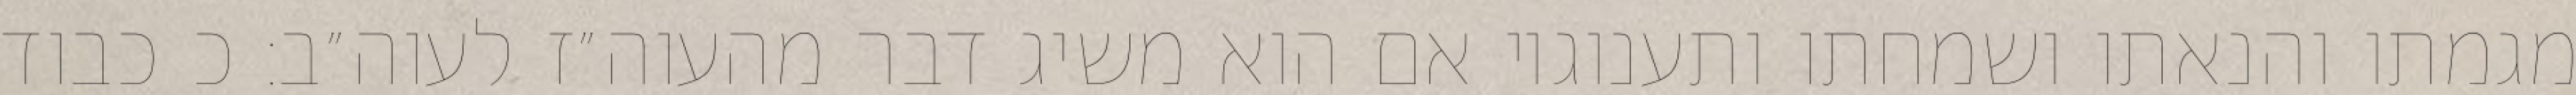
מגמתו והנאתו ושמחתו ותענוגיו אם הוא משיג דבר מהעוה״ז לעוה״ב: כ כבוד